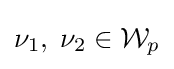
\nu _{1},\;\nu _{2}\in {\mathcal {W}}_{p}